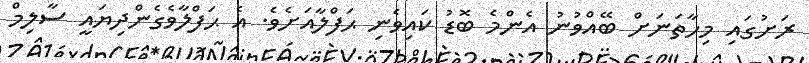
ރަށުގައި މިހާތަނަށް ބޭއްވުނު އެންމެ ބޮޑު ކައިވެނި ޙަފްލާއަށެވެ. އެ ޙަފްލާވެގެންދިޔައީ ސާލިމް